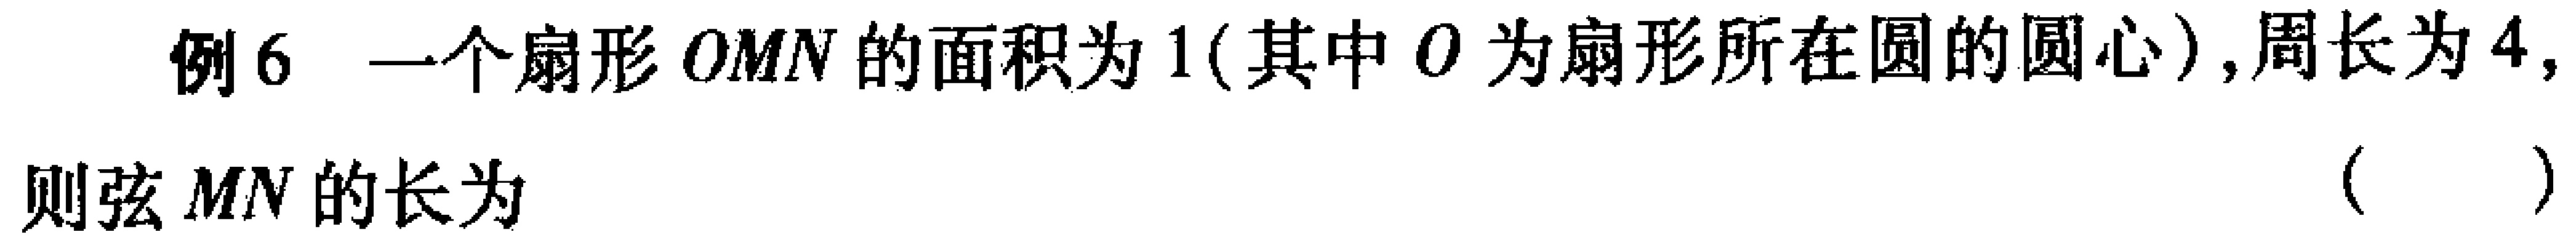
例6 一个扇形\(OMN\)的面积为\(1\)(其中\(O\)为扇形所在圆的圆心),周长为\(4\),则弦\(MN\)的长为 （  ）